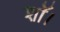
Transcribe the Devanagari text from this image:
शॉ।